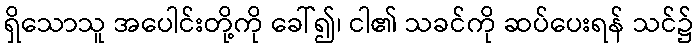
ရှိသောသူ အပေါင်းတို့ကို ခေါ်၍၊ ငါ၏ သခင်ကို ဆပ်ပေးရန် သင်၌